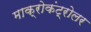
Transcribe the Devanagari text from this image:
माक्रोकंट्रोलर